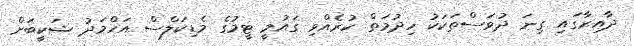
ދާއިރާގައި ގިނަ ދުވަސްތަކަކު ހިދުމަތް ކުރެއްވި ގައުމީ ޓީމުގެ މެޑިކަލްސް އަހްމަދު ޝަކީބަށް